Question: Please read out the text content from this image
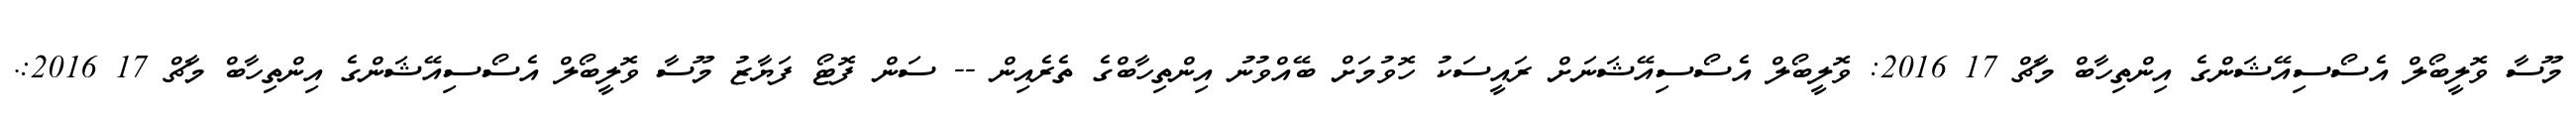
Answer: މޫސާ ވޮލީބޯލް އެސޯސިއޭޝަންގެ އިންތިހާބް މާޗް 17 2016: ވޮލީބޯލް އެސޯސިއޭޝަނަށް ރައީސަކު ހޮވުމަށް ބޭއްވުނު އިންތިހާބްގެ ތެރެއިން -- ސަން ފޮޓޯ ފަޔާޒު މޫސާ ވޮލީބޯލް އެސޯސިއޭޝަންގެ އިންތިހާބް މާޗް 17 2016:.